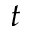
t